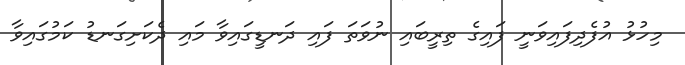
މިހުޅު އުފެދިފައިވަނީ ފައިގެ ތިރީބައި ނުވަތަ ފައި ދަނޑީގައިވާ މައި ދެކަށިގަނޑު ކަމުގައިވާ